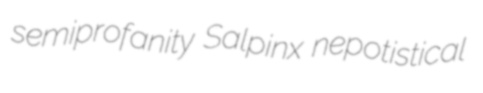
semiprofanity Salpinx nepotistical